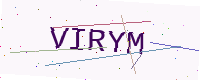
Text: VIRYM